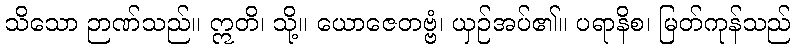
သိသော ဉာဏ်သည်။ ဣတိ၊ သို့။ ယောဇေတဗ္ဗံ၊ ယှဉ်အပ်၏။ ပရာနိစ၊ မြတ်ကုန်သည်